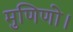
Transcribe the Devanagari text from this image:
मुणिणो।